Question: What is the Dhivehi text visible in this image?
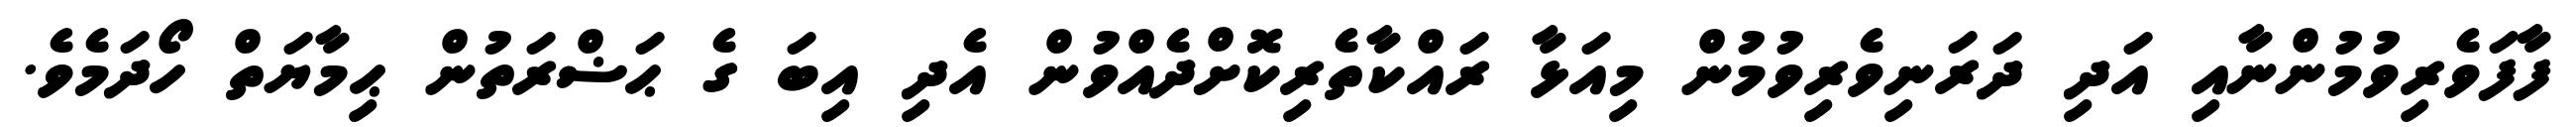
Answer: ފާފަވެރިވުމުންނާއި އަދި ދަރަނިވެރިވުމުން މިއަޅާ ރައްކާތެރިކޮށްދެއްވުން އެދި އިބަ ގެ ޙަޟްރަތުން ޙިމާޔަތް ހޯދަމެވެ.